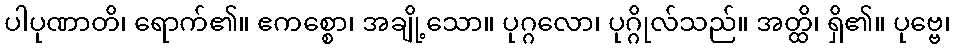
ပါပုဏာတိ၊ ရောက်၏။ ဧကစ္စော၊ အချို့သော။ ပုဂ္ဂလော၊ ပုဂ္ဂိုလ်သည်။ အတ္ထိ၊ ရှိ၏။ ပုဗ္ဗေ၊